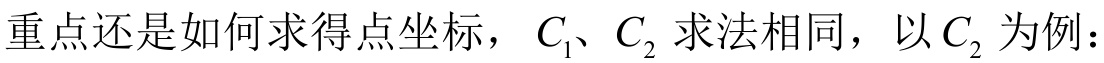
重点还是如何求得点坐标，\(C_{1}、C_{2}\)求法相同，以\(C_{2}\)为例：